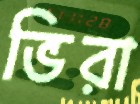
ভিরা